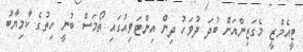
ޓީއެމްޒީ މެގަޒިންއަށް ބުދަ ދުވަހު ދިން އިންޓަވިއުގައި ތޯމަސް ބުނީ ހިތުގެ ކާމިޔާބު